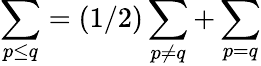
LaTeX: \sum_{p\leq q}=(1/2)\sum_{p\neq q}+\sum_{p=q}